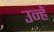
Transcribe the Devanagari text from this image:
उन्हॅ